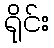
ရိုင်း